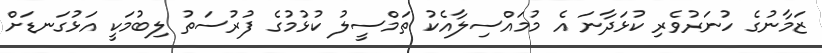
ޒަމާނުގެ ހުނަރުވެރި ކުޅަދާނަ އެ މުމައްސިލާއެކު ތަމްސީލު ކުޅުމުގެ ފުރުސަތު ލިބުމަކީ އަޅުގަނޑަށް